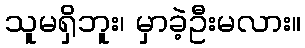
သူမရှိဘူး၊ မှာခဲ့ဦးမလား။